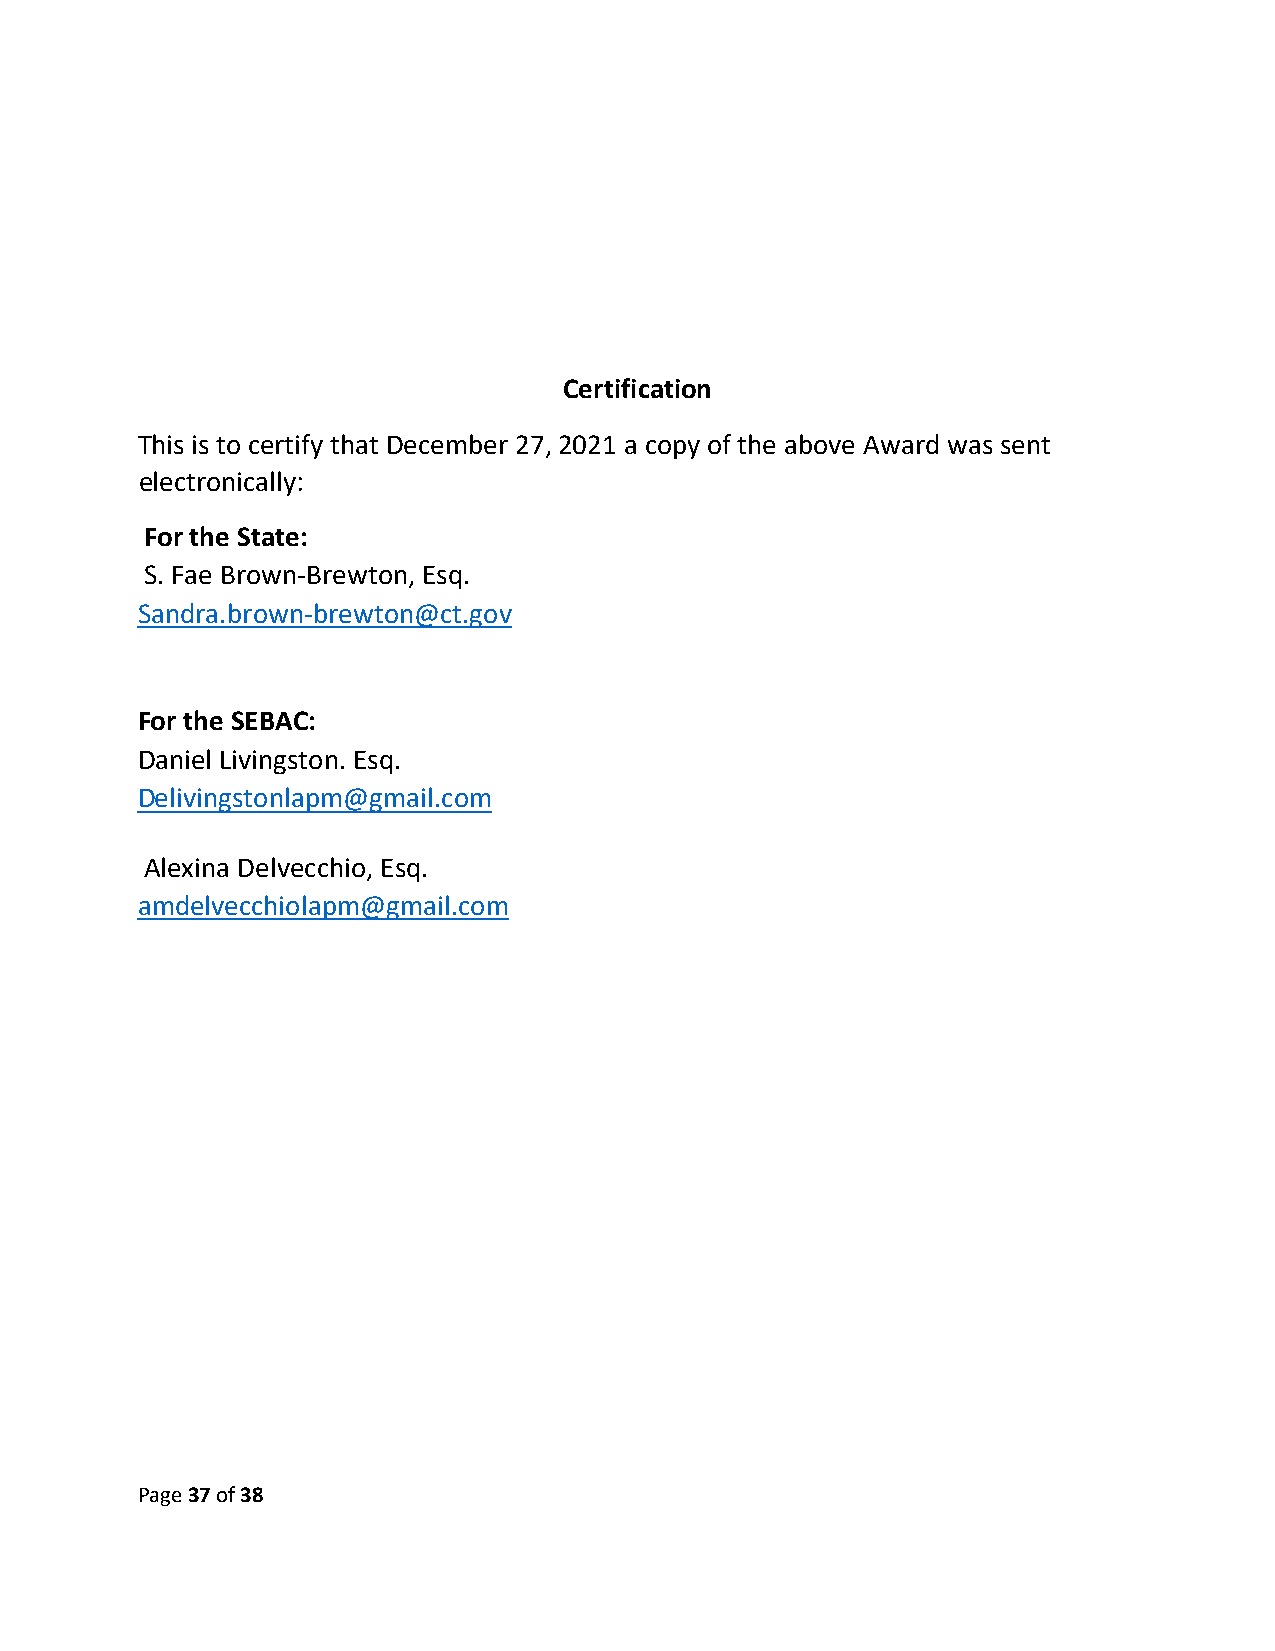
Certification
 This is to certify that December 27, 2021 a copy of the above Award was sent
 electronically:
 For the State:
 S. Fae Brown-Brewton, Esq.
 Sandra.brown-brewton@ct.gov
 For the SEBAC:
 Daniel Livingston. Esq.
 Delivingstonlapm@gmail.com
 Alexina Delvecchio, Esq.
 amdelvecchiolapm@gmail.com
 Page 37 of 38